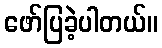
ဖော်ပြခဲ့ပါတယ်။